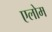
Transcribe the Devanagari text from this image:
एलोम